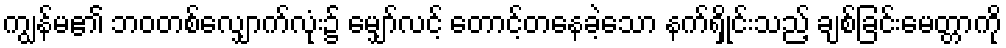
ကျွန်မ၏ ဘဝတစ်လျှောက်လုံး၌ မျှော်လင့် တောင့်တနေခဲ့သော နက်ရှိုင်းသည့် ချစ်ခြင်းမေတ္တာကို